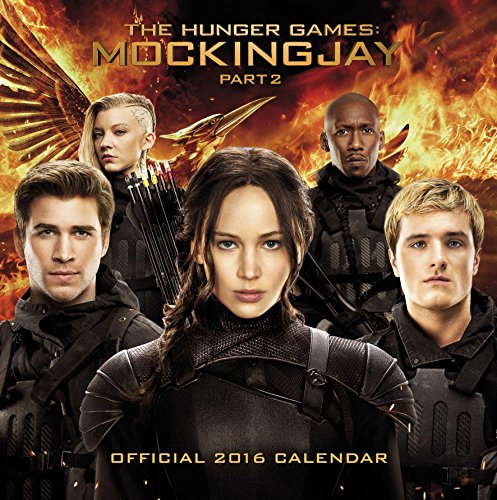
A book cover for The Official The Hunger Games: Mockingjay 2016 Calendar: Part 2; Calendars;